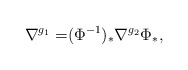
\begin{align*} \nabla^{g_1}=&(\Phi^{-1})_*\nabla^{g_2}\Phi_*, \end{align*}